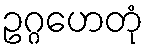
ဥဂ္ဂဟေတုံ